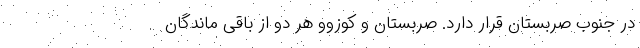
در جنوب صربستان قرار دارد. صربستان و کوزوو هر دو از باقی ماندگان